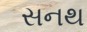
સનથ